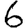
Digit: 6